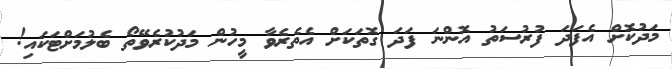
މަދުކޮށް އެފަދަ ފުރުސަތު އޮންނަ ފަދަ ގޮތަކަށް އެތެރެވާ މީހުން މަދުކުރެވޭތޯ ބެލުމަށްޓަކައި!